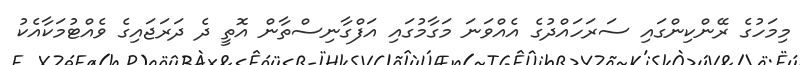
މިމަހުގެ ރޭންކިންގައި ސަރަހައްދުގެ އެއްވަނަ މަގާމުގައި އަފްގާނިސްތާން އޮތީ ދެ ދަރަޖައިގެ ވެއްޓުމަކާއެކު